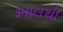
રૂમાલથી